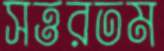
সত্তরতম